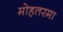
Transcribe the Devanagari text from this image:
मोहतरमा